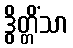
ဒွိတ္တိံသာ